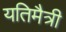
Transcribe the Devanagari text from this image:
यतिमैत्री